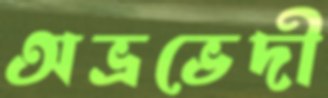
অভ্রভেদী